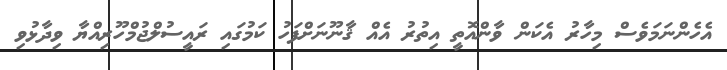
އެހެންނަމަވެސް މިހާރު އެކަން ވާންއޮތީ އިތުރު އެއް ޤާނޫނަށްފަހު ކަމުގައި ރައީސުލްޖުމްހޫރިއްޔާ ވިދާޅުވި